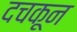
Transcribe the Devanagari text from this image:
दचकून